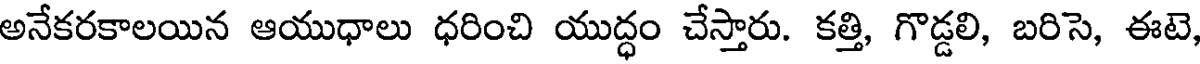
అనేకరకాలయిన ఆయుధాలు ధరించి యుద్ధం చేస్తారు. కత్తి, గొడ్డలి, బరిసె, ఈటె,